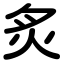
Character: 炙